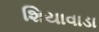
શિયાવાડા